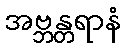
အဗ္ဘန္တရာနံ